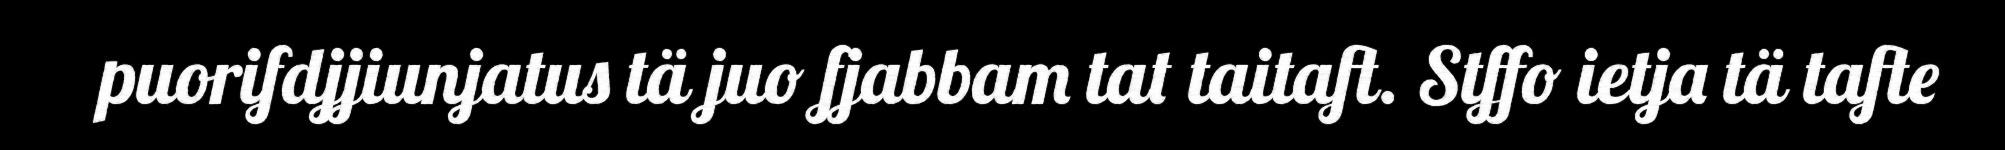
puorifdjjiunjatus tä juo fjabbam tat taitaft. Stffo ietja tä tafte